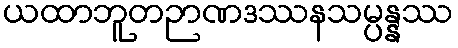
ယထာဘူတဉာဏဒဿနသမ္ပန္နဿ